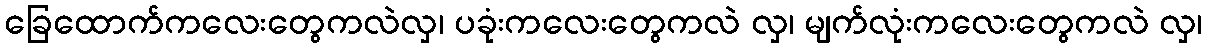
ခြေထောက်ကလေးတွေကလဲလှ၊ ပခုံးကလေးတွေကလဲ လှ၊ မျက်လုံးကလေးတွေကလဲ လှ၊